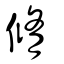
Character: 脩